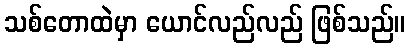
သစ်တောထဲမှာ ယောင်လည်လည် ဖြစ်သည်။